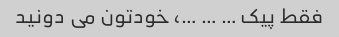
فقط پیک … … …، خودتون می دونید